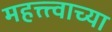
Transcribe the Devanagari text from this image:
महत्त्त्वाच्या